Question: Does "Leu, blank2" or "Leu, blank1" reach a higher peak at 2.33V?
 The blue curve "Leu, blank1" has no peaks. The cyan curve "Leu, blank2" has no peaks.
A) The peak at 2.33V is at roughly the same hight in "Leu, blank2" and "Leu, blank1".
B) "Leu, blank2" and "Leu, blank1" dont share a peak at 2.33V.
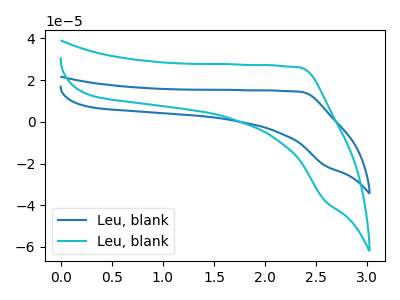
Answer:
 <answer>B) "Leu, blank2" and "Leu, blank1" dont share a peak at 2.33V.</answer>
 <eval>B</eval>